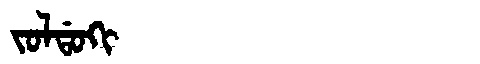
Manchu: ᠵᠣᠯᡩᠣᡴᡳ
Romanization: JOLDOKI